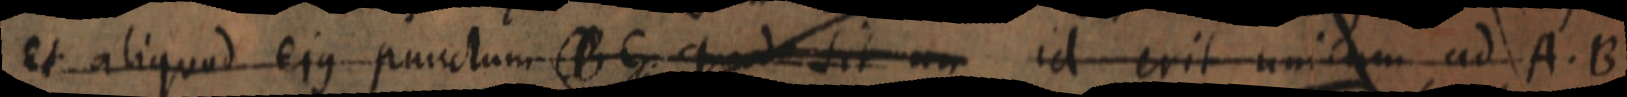
et aliquod ejus punctum B C. quod sit un id erit unicum ad A. B